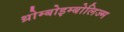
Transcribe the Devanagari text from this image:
थ्रोम्बोइम्बोलिज्म